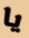
يا